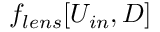
f _ { l e n s } [ U _ { i n } , D ]